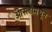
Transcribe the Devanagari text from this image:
ओस्लोमधून